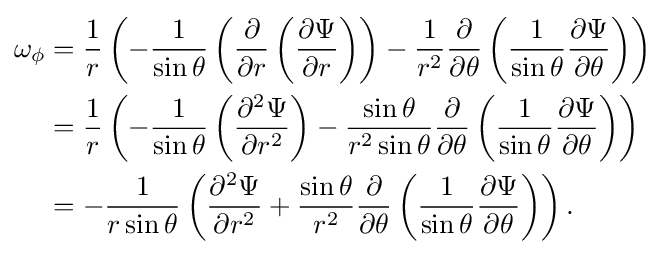
{\begin{aligned}\omega _{\phi }&={1 \over r}\left(-{\frac {1}{\sin \theta }}\left({\partial  \over \partial r}\left({\frac {\partial \Psi }{\partial r}}\right)\right)-{\frac {1}{r^{2}}}{\partial  \over \partial \theta }\left({\frac {1}{\sin \theta }}{\frac {\partial \Psi }{\partial \theta }}\right)\right)\\&={1 \over r}\left(-{\frac {1}{\sin \theta }}\left({\frac {\partial ^{2}\Psi }{\partial r^{2}}}\right)-{\frac {\sin \theta }{r^{2}\sin \theta }}{\partial  \over \partial \theta }\left({\frac {1}{\sin \theta }}{\frac {\partial \Psi }{\partial \theta }}\right)\right)\\&=-{\frac {1}{r\sin \theta }}\left({\frac {\partial ^{2}\Psi }{\partial r^{2}}}+{\frac {\sin \theta }{r^{2}}}{\partial  \over \partial \theta }\left({\frac {1}{\sin \theta }}{\frac {\partial \Psi }{\partial \theta }}\right)\right).\end{aligned}}